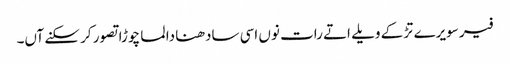
فیر سویرے تڑکے ویلے اتے رات نوں اسی سادھنا دا لما چوڑا تصور کر سکنے آں۔